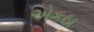
એકઠા